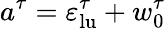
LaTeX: a^{\tau}=\varepsilon_{\mathrm{lu}}^{\tau}+w_{0}^{\tau}